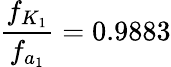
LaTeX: \frac{f_{K_{1}}}{f_{a_{1}}}=0.9883